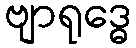
ဗျာရုဒ္ဓေ